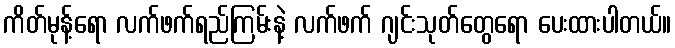
ကိတ်မုန့်ရော လက်ဖက်ရည်ကြမ်းနဲ့ လက်ဖက် ဂျင်းသုတ်တွေရော ပေးထားပါတယ်။